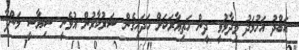
އަބްދު އަހުމަދު ވިދާޅުވީ ދީން ހަތިޔާރަކަށް ހަދައިގެން ސަރުކާރުން އުޅެނީ ސިޔާސީ މަންފާ